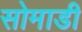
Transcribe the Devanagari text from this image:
सोमाडी